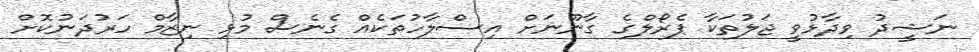
ނަޝީދު ވިދާޅުވީ ޖަލުތަކާ ޕެރޯލްގެ ގާނޫނަށް އިސްލާހުތަކެއް ގެނެސް މުޅި ނިޒާމް ހަރުދަނުކޮށް